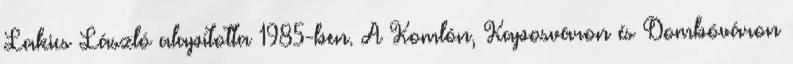
Lakics László alapította 1985-ben. A Komlón, Kaposváron és Dombóváron